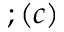
; ( c )